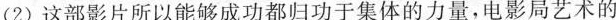
(2)这部影片所以能够成功都归功于集体的力量，电影局艺术的